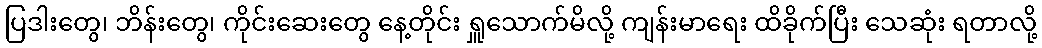
ပြဒါးတွေ၊ ဘိန်းတွေ၊ ကိုင်းဆေးတွေ နေ့တိုင်း ရှူသောက်မိလို့ ကျန်းမာရေး ထိခိုက်ပြီး သေဆုံး ရတာလို့